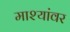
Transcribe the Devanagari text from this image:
माश्यांवर